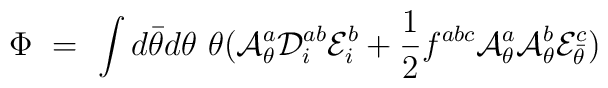
\Phi \ = \ \int d\bar\theta d\theta \ \theta ({\cal A}^a_\theta {\cal D}^{ab}_i {\cal E}^b_i + \frac{1}{2} f^{abc} {\cal A}^a_\theta {\cal A}^b_\theta  {\cal E}^c_{\bar\theta} )